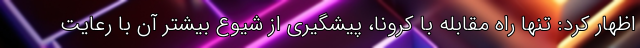
اظهار کرد: تنها راه مقابله با کرونا، پیشگیری از شیوع بیشتر آن با رعایت